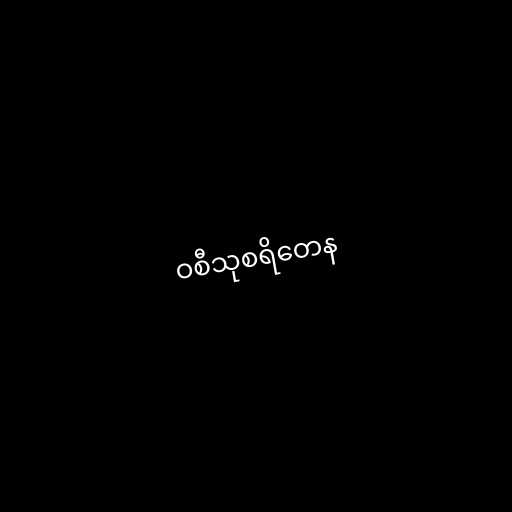
ဝစီသုစရိတေန